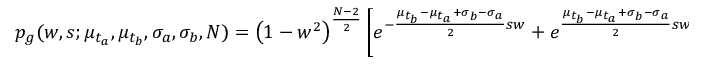
p _ { g } ( w , s ; \mu _ { t _ { a } } , \mu _ { t _ { b } } , \sigma _ { a } , \sigma _ { b } , N ) = \left( 1 - w ^ { 2 } \right) ^ { \frac { N - 2 } { 2 } } \left[ e ^ { - \frac { \mu _ { t _ { b } } - \mu _ { t _ { a } } + \sigma _ { b } - \sigma _ { a } } { 2 } s w } + e ^ { \frac { \mu _ { t _ { b } } - \mu _ { t _ { a } } + \sigma _ { b } - \sigma _ { a } } { 2 } s w } \right] ,